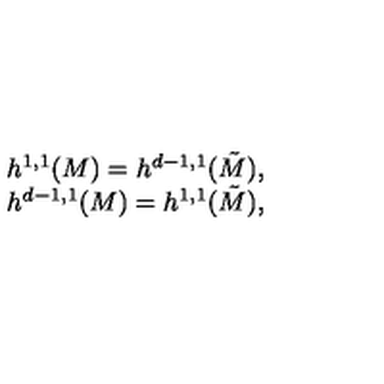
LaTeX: \begin{array} { c } { h ^ { 1 , 1 } ( M ) = h ^ { d - 1 , 1 } ( \tilde { M } ) , } \\ { h ^ { d - 1 , 1 } ( M ) = h ^ { 1 , 1 } ( \tilde { M } ) , } \\ \end{array}